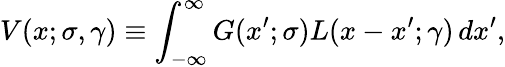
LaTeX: V(x;\sigma,\gamma)\equiv\int_{-\infty}^{\infty}G(x^{\prime};\sigma)L(x-x^{\prime};\gamma)\, dx^{\prime},